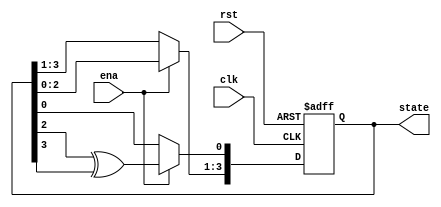
module lfsr4(clk, rst, ena, state);
	input clk, rst, ena;
	output [3:0] state;
	reg [3:0] state;
	always @(posedge rst or posedge clk) begin
		if (rst == 1) begin
			state <= 1;
		end else if (ena) begin
			state[3:1] <= state[2:0];
			state[0] <= state[2] ^ state[3];
		end
	end
endmodule